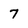
Character: 7